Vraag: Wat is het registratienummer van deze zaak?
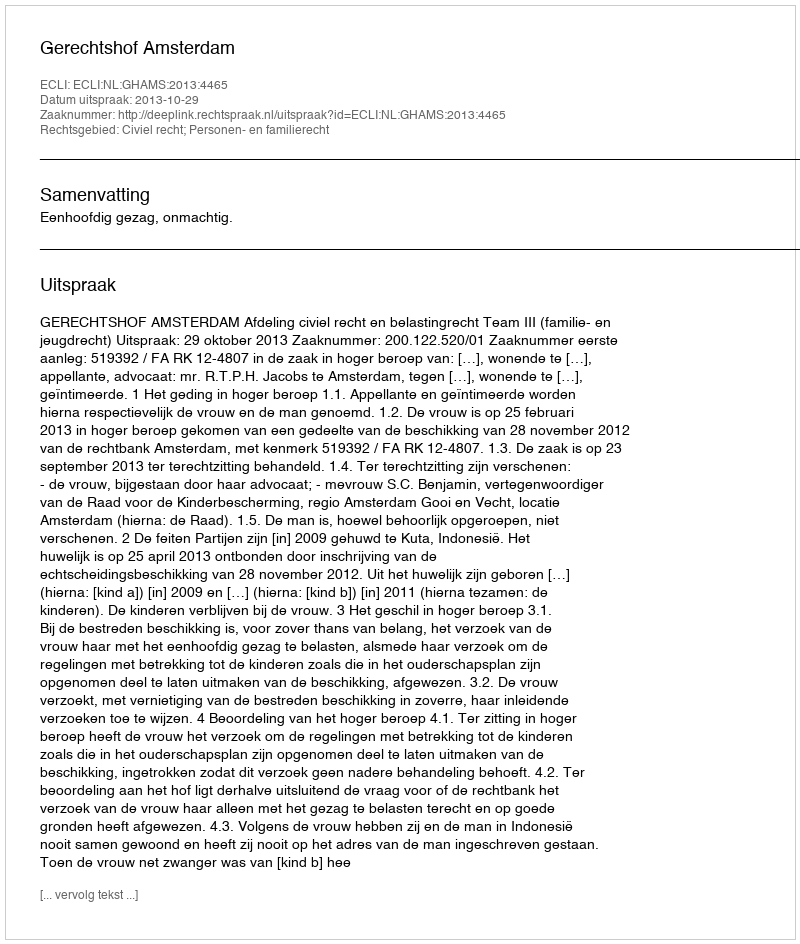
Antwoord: http://deeplink.rechtspraak.nl/uitspraak?id=ECLI:NL:GHAMS:2013:4465